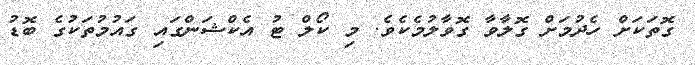
ގޮތަކަށް ހެދުމަށް ގޮލާވާ ގޮވާލުމެކެވެ. މި ކޯލް ޓު އެކްޝަންގައި ގައުމުތަކުގެ ބޮޑު